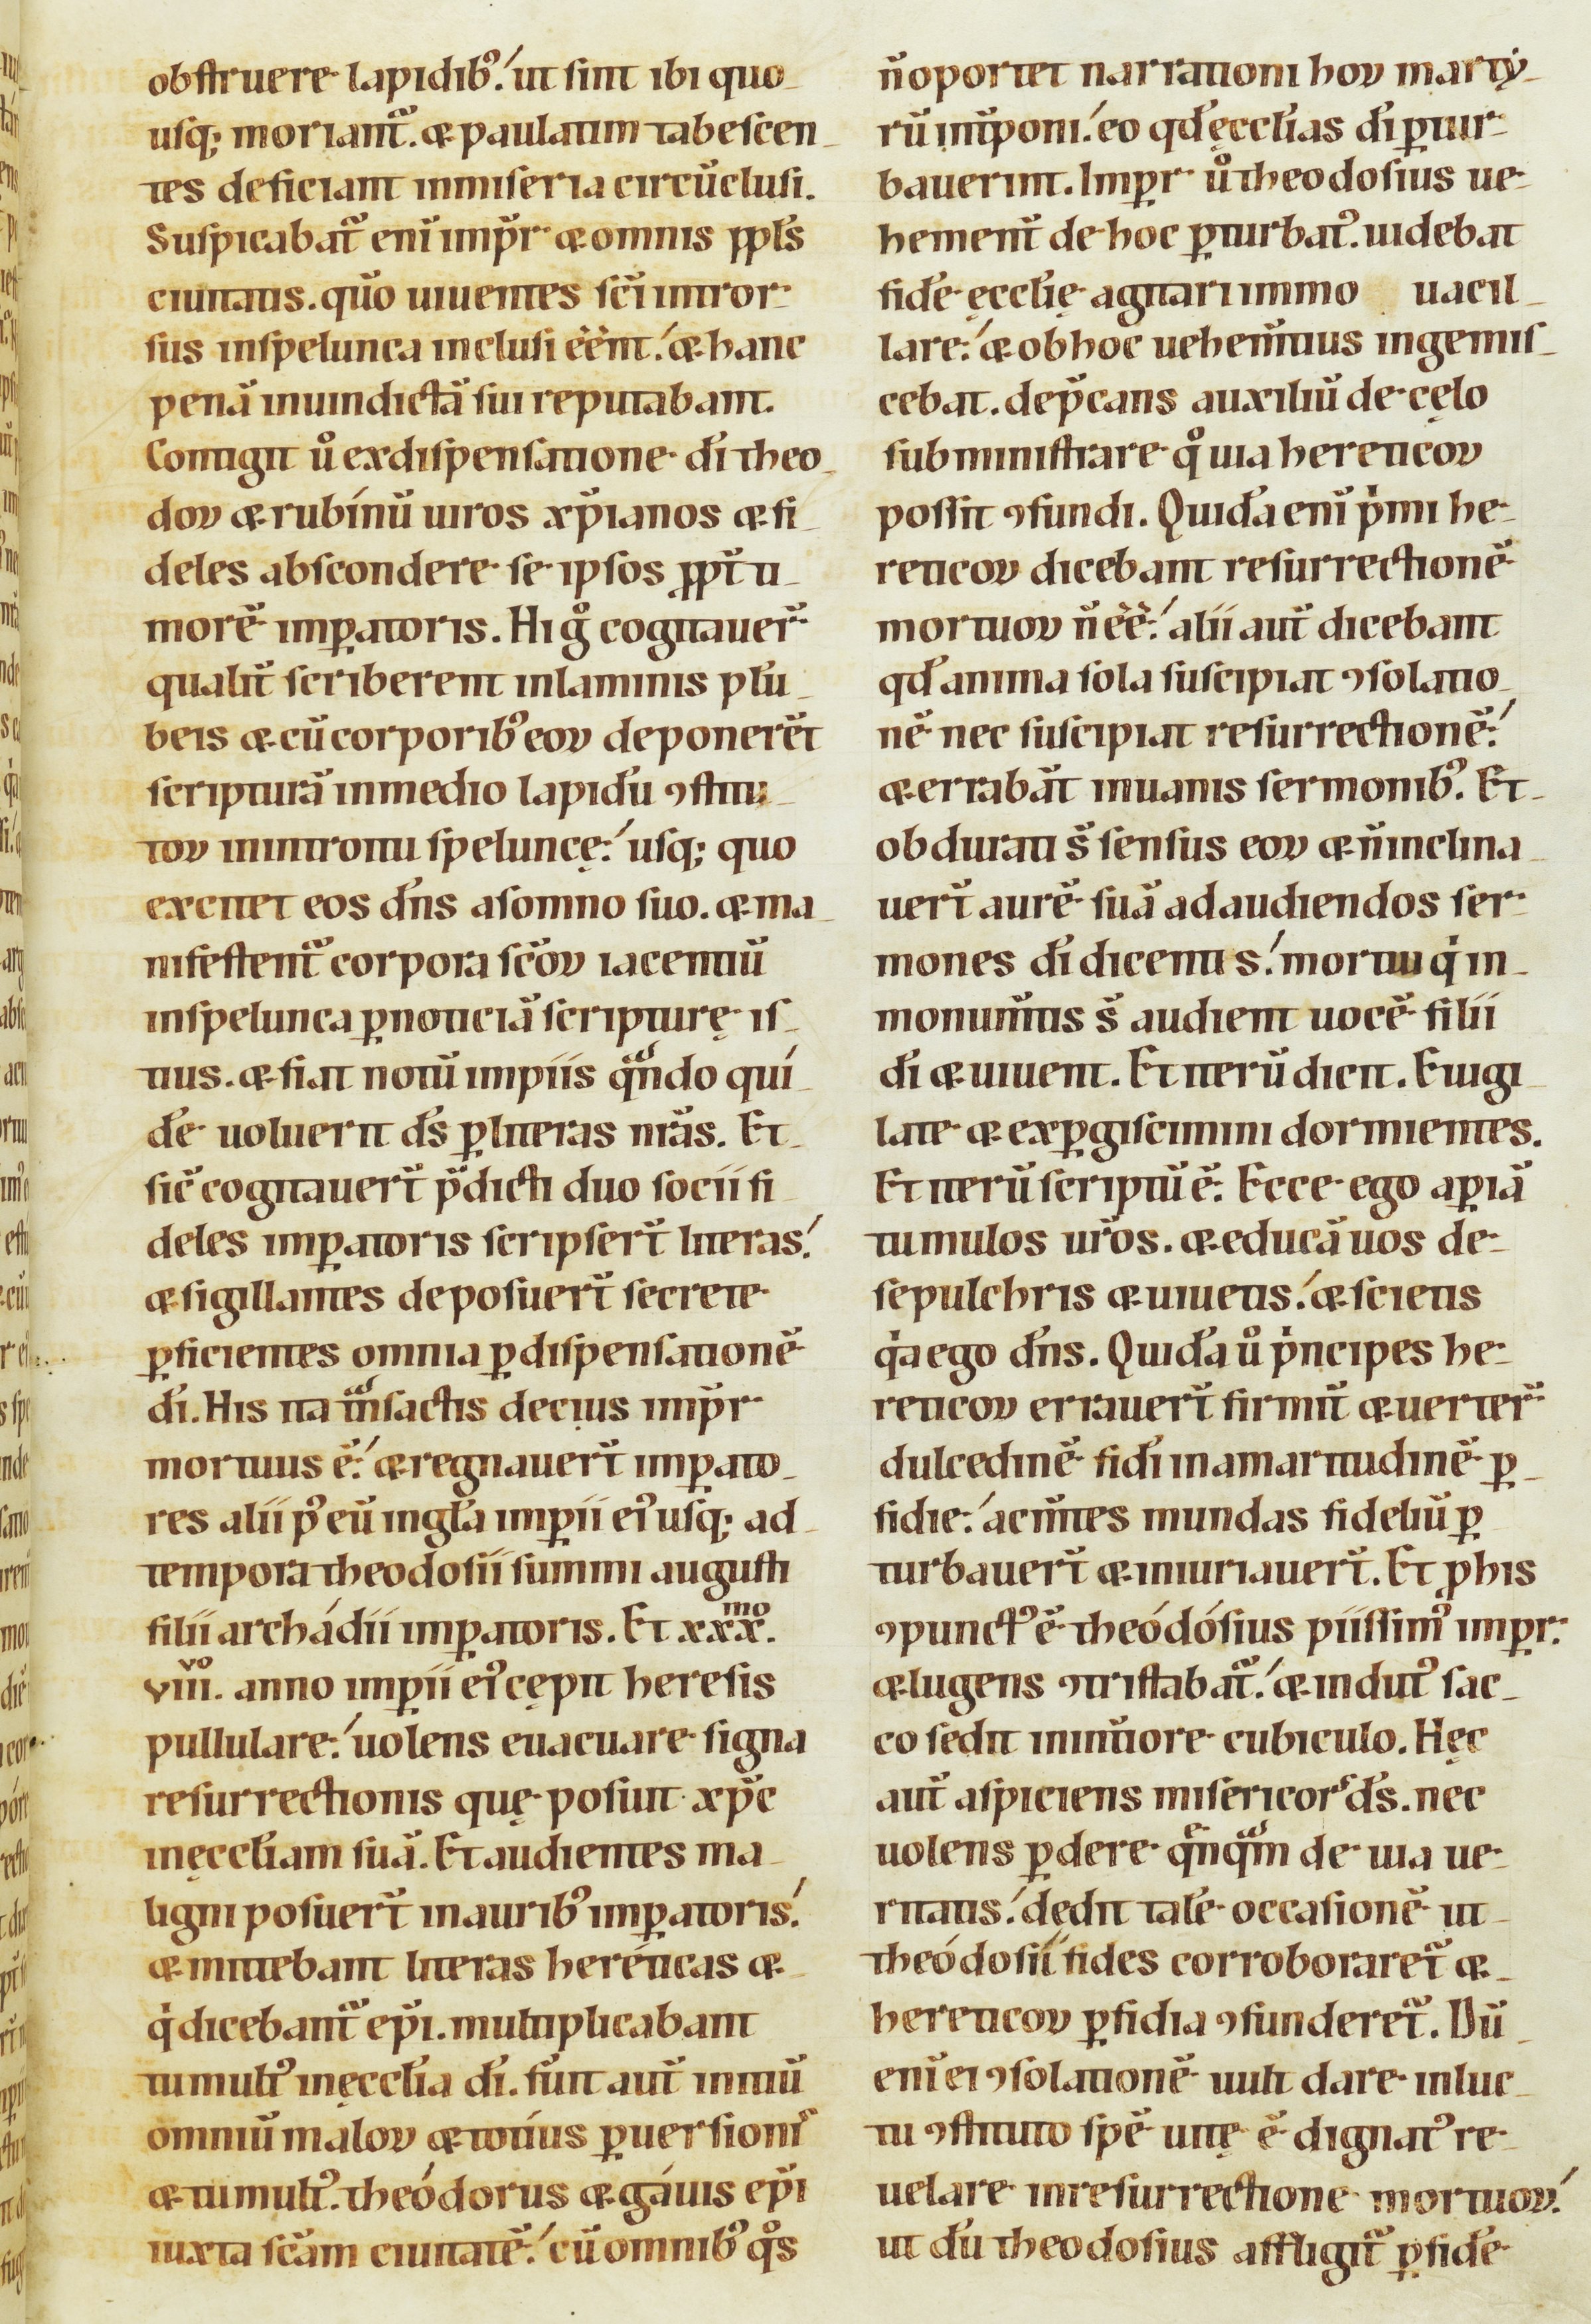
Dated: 1100–1199